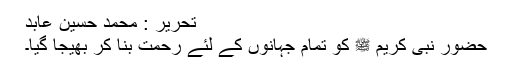
تحریر : محمد حُسین عابد
حضور نبی کریم ﷺ کو تمام جہانوں کے لئے رحمت بنا کر بھیجا گیا۔